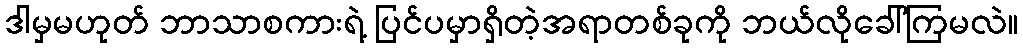
ဒါမှမဟုတ် ဘာသာစကားရဲ့ ပြင်ပမှာရှိတဲ့အရာတစ်ခုကို ဘယ်လိုခေါ်ကြမလဲ။